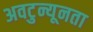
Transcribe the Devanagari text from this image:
अवटुन्यूनता